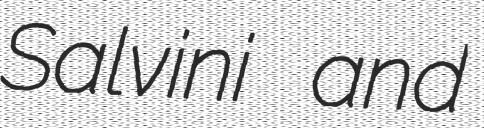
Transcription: Salvini and